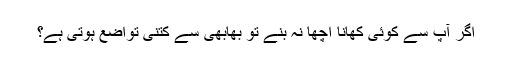
اگر آپ سے کوئی کھانا اچھا نہ بنے تو بھابھی سے کتنی تواضع ہوتی ہے؟